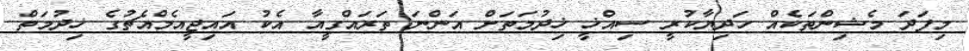
މިފަދަ މެޝިންތަކެއް ހަދިޔާކުރީ ސިއްޚީ ޚިދުމަތަށް އަންނަ ތަރައްގީއާ އެކު އައިޖީއެމްއެޗުގެ ޚިދުމަތް